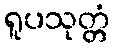
ရူပသုတ္တံ